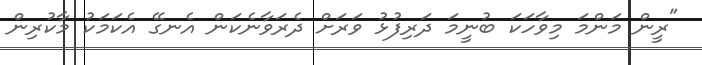
"ރީން މަންމަ މިވާހަކަ ބުނީމަ ދަރިފުޅު ވަރަށް ދެރަވާނެކަން އެނގޭ އެކަމަކު މާކުރިން